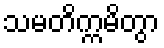
သမတိက္ကမိတွာ